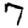
Digit: 7